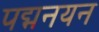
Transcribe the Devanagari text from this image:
पद्मनयन